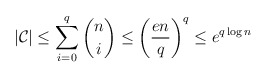
\begin{align*} |\mathcal{C}| \leq \sum_{i=0}^q \binom{n}{i} \leq \left(\frac{en}{q}\right)^q \leq e^{q \log n} \end{align*}